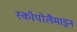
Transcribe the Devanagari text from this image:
स्कॉपोलैमाइन